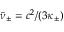
\bar { \nu } _ { \pm } = c ^ { 2 } / ( 3 \kappa _ { \pm } )